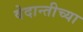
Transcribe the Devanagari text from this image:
वेदान्तीच्या